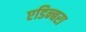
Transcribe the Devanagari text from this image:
एडिन्बरा